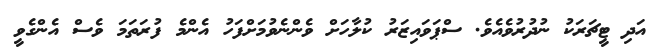
އަދި ޓީޗަރަކު ނުދުރުވެއެވެ. ސްޕަވައިޒަރު ކުލާހަށް ވެންނެވުމަށްފަހު އެންމެ ފުރަތަމަ ވެސް އެންގެވީ